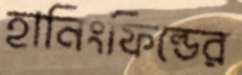
হানিংফিল্ডের